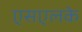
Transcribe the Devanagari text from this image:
एसएलके